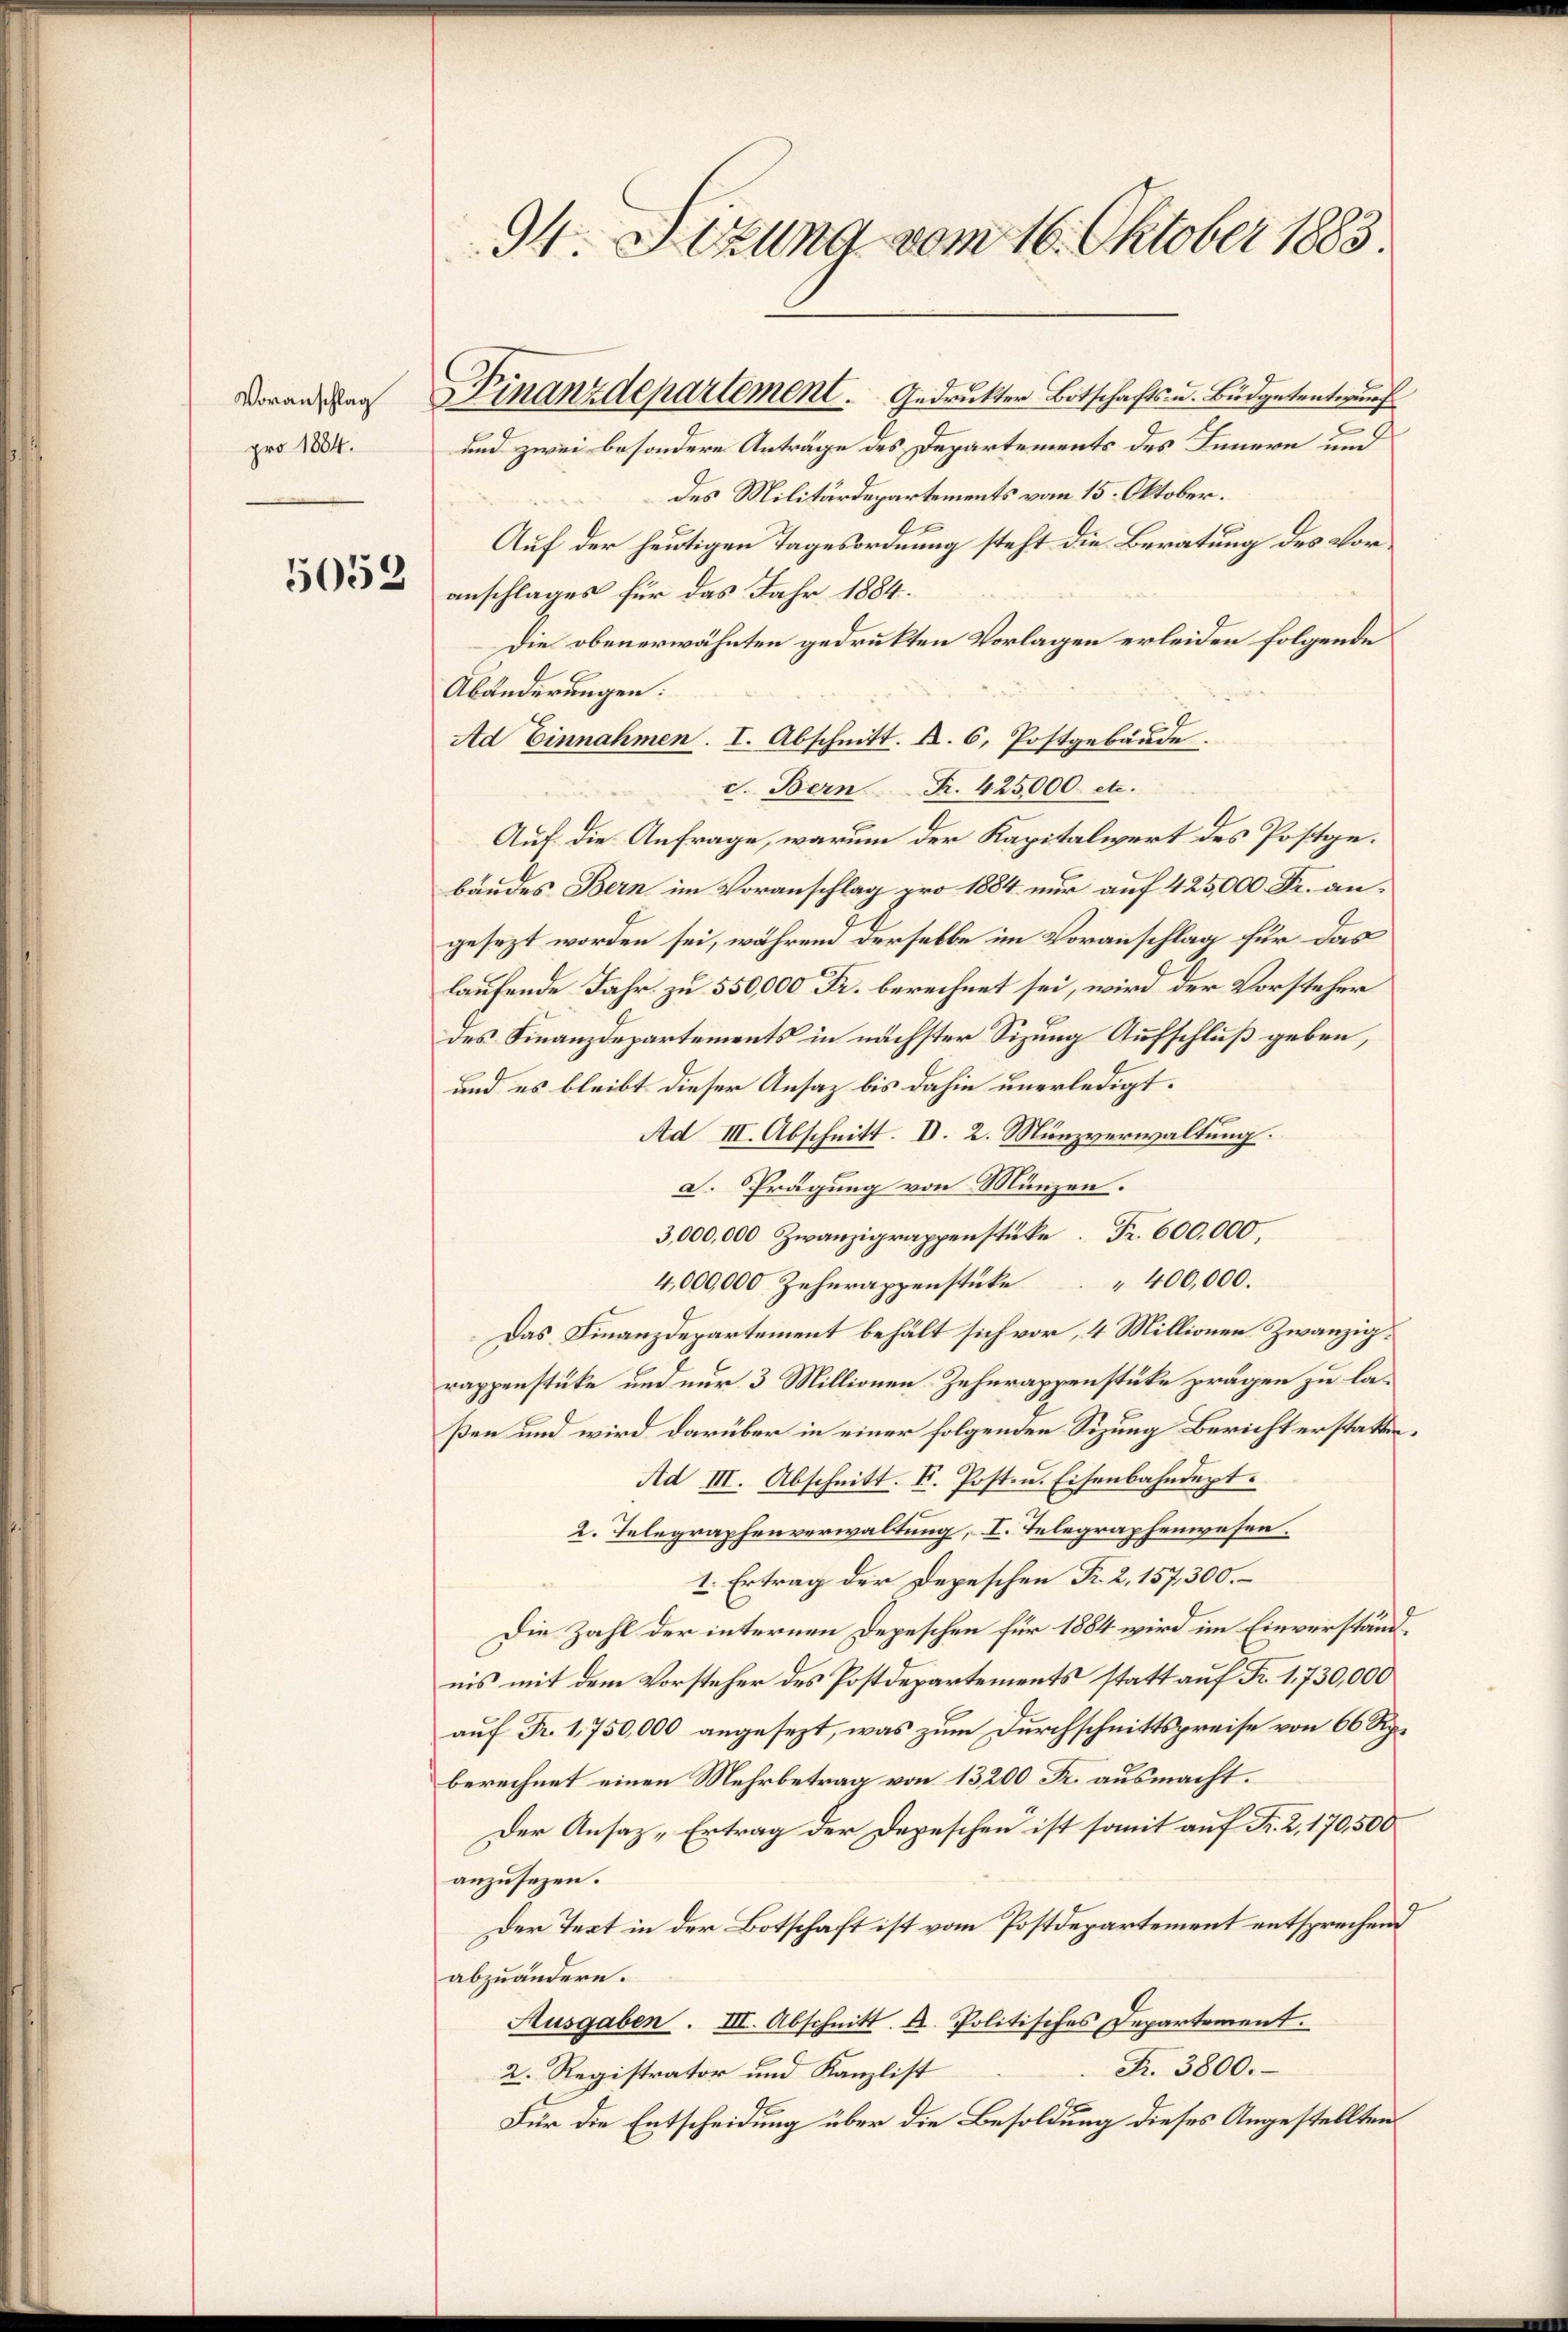
Voranschlag
pro 1884.

5053

34. Sitzung vom 16. Oktober 1883.

und zwei besondere Anträge des Departements des Innern und
des Militärdepartements vom 15. Oktober.
2.
Auf der heutigen Tagesordnung steht die Beratung des Voranschlages für das Jahr 1884.
Die obenerwähnten gedrukten Vorlagen erleiden folgende
Abänderungen:
Ad Einnahmen. I. Abschnitt. B. 6. Postgebäude.
d. Bern Fr. 425000 etc.
Auf die Anfrage, warum der Kapitalwert des Postgebäudes Bern im Voranschlag pro 1884 nur auf 425,000. Fr. angesezt worden sei, während derselbe im Voranschlag für das
laufende Jahr zu 550,000 Fr. berechnet sei, wird der Vorsteher
des Finanzdepartements in nächster Sitzung Aufschluß geben,
und es bleibt dieser Ansaz bis dahin unerledigt.
Ad III. Abschnitt. D. 2. Münzverwaltung.
d. Prägung von Münzen.
3,000,000 Zwanzigrappenstüke Fr. 600,000.
4,000,000 Zehnrappenstüke 400,000.
Das Finanzdepartement behält sich vor, 4 Millionen Zwanzigrappenstüke um nur 3 Millionen Zehnrappenstüke prägen zu laßen und wird darüber in einer folgenden Sitzung Bericht erstatten¬
Ad III. Abschnitt. F. Post- u. Eisenbahndept.
2. Telegraphenverwaltung, I. Telegraphenwesen.
1. Ertrag der Depeschen Fr. 2, 157300.
Die Zahl der internen Depeschen für 1884 wird im Einverständnis mit dem Vorsteher des Postdepartements statt auf Fr. 1730,000
auf Fr. 1750,000 angesezt, was zum Durchschnittspreise von 66 Rp.
berechnet einen Mehrbetrag von 13200 Fr. ausmacht.
Der Ansaz „Ertrag der Depeschen ist somit auf Fr. 2. 170,500
anzusezen.
Der Text in der Botschaft ist vom Postdepartement entsprechend
abzuändern.
Ausgaben. III. Abschnitt. A. Politisches Departement.
Fr. 3800.
2. Registrator und Kanzlist
Für die Entscheidung über die Besoldung dieses Angestellten

Finanzdepartement.     Gedruckter Botschafts- u. Büdgetentwurf